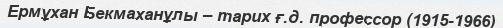
Ермұхан Бекмаханұлы – тарих ғ.д. профессор (1915-1966)